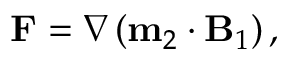
\mathbf { F } = \nabla \left( \mathbf { m } _ { 2 } \cdot \mathbf { B } _ { 1 } \right) ,